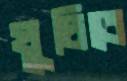
ঘুচিবে